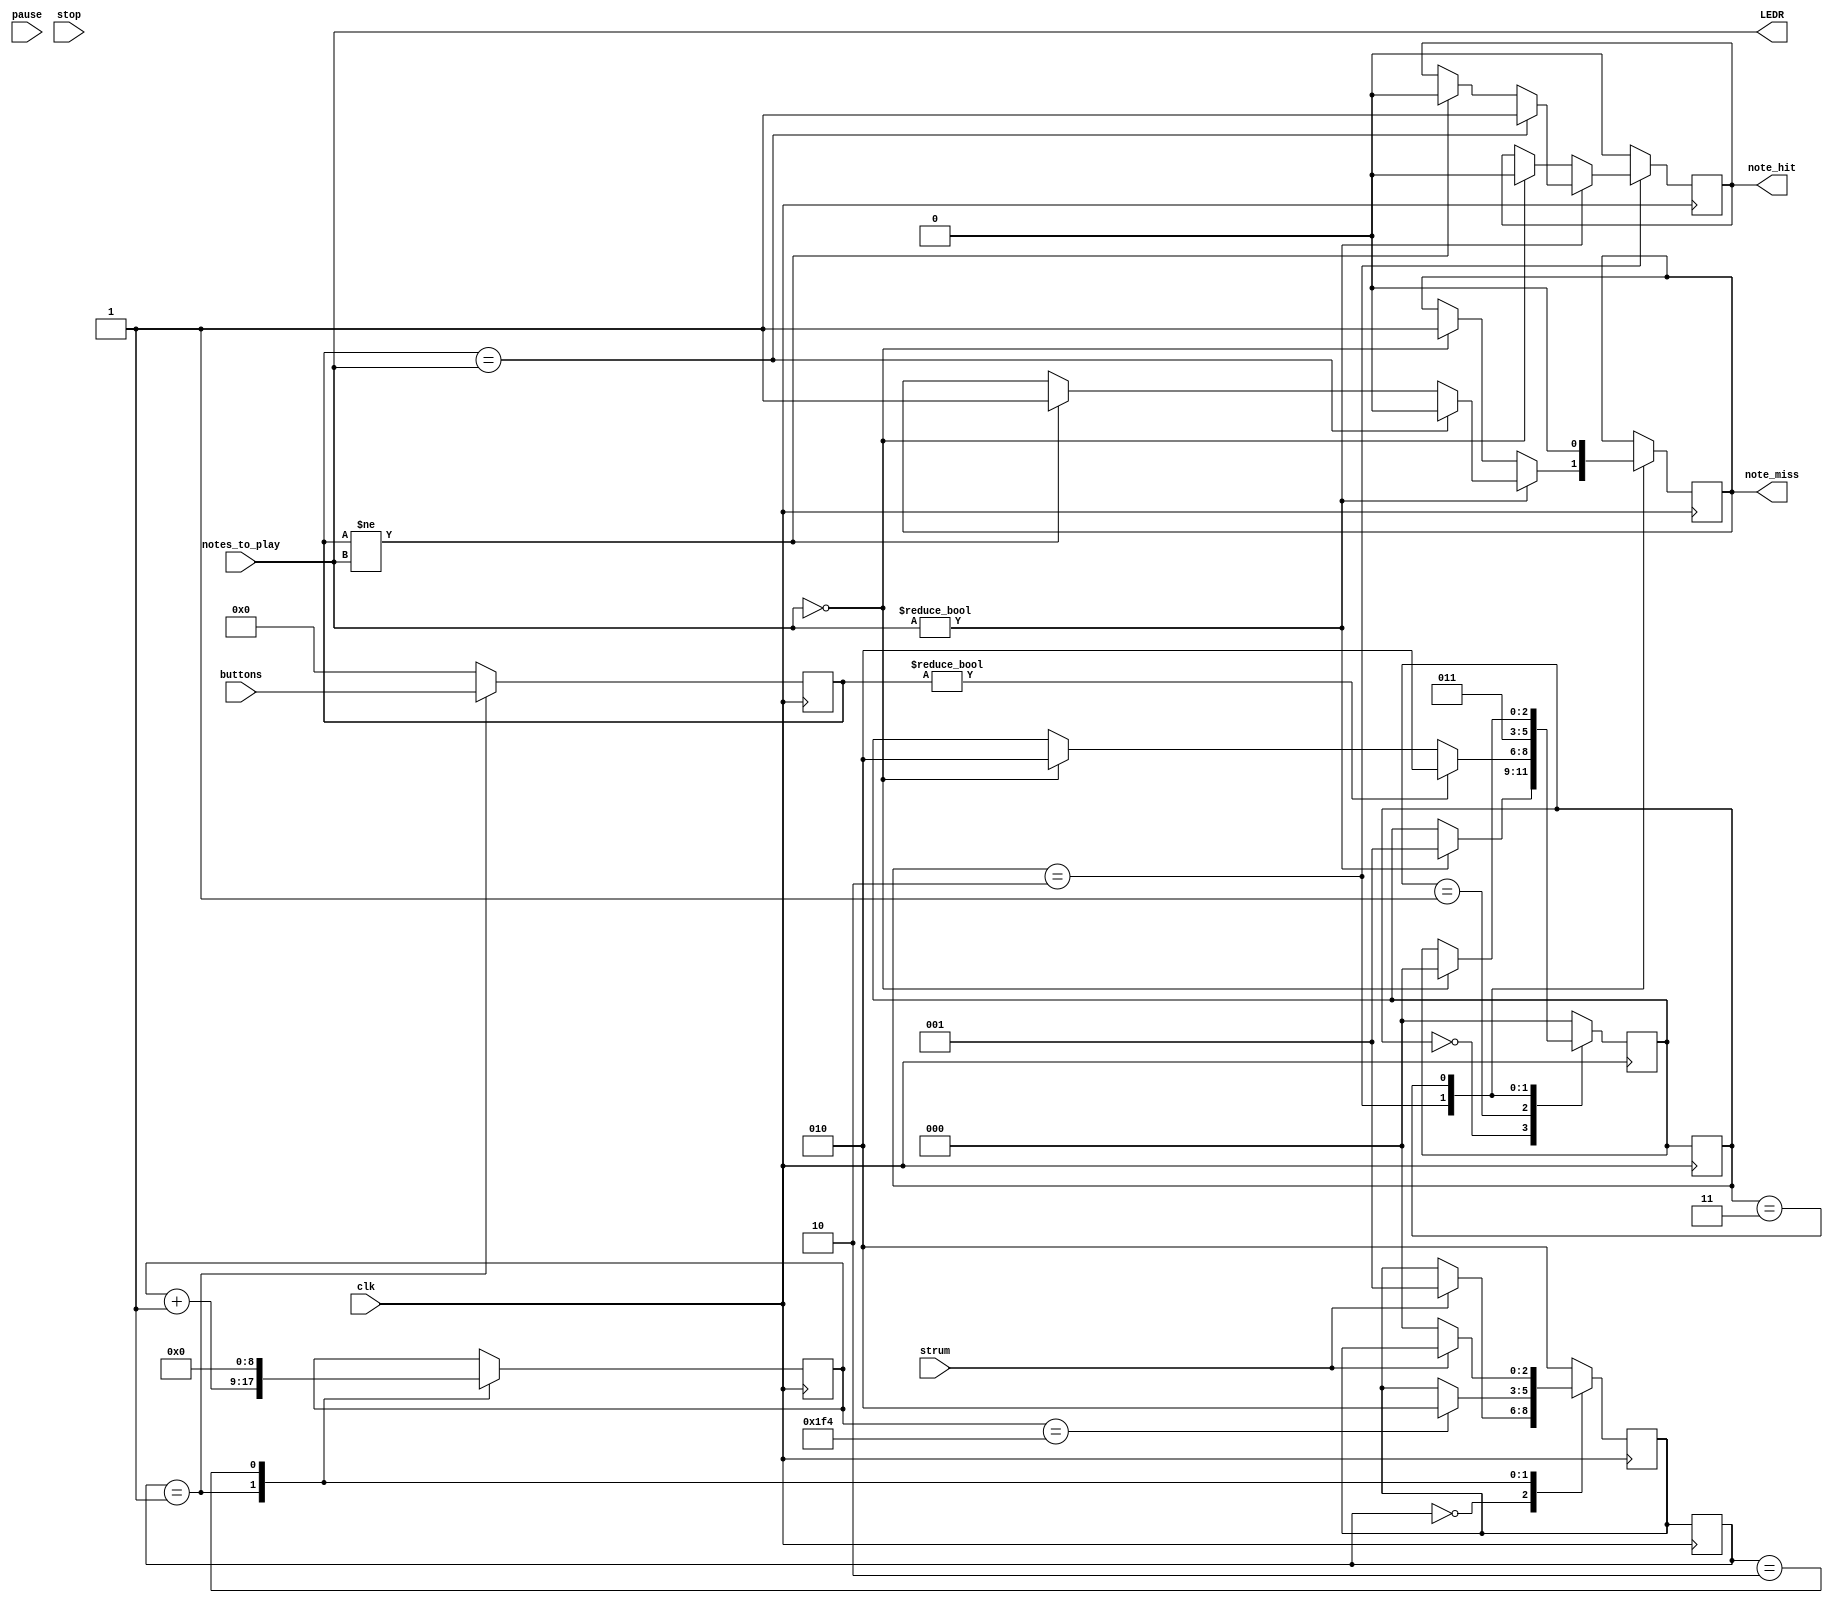
module gameplay(
					 input clk,
					 input pause,
					 input stop,
					 input [4:0]buttons,
					 input strum,
					 input [4:0] notes_to_play,
					 
					 output [4:0]LEDR,
					 output reg note_hit,
					 output reg note_miss
					 );
	
	reg [4:0] key_in;
	
	//FSM for loading in buttons with immediate clear
	//---------------------------------------------------|
	localparam WAIT_FOR_STRUM = 3'd0;
	localparam LOAD = 3'd1;
	localparam CLEAR = 3'd2;
	
	reg [2:0] current_state;
	reg [2:0] next_state;
	reg [8:0] count_cycles;
	
	always @(posedge clk)
	begin
		case(current_state)
		WAIT_FOR_STRUM:
			if (strum) next_state <= LOAD;
			
		LOAD:
			if (count_cycles == 9'd500) next_state <= CLEAR;
		
		CLEAR:
			if (~strum) next_state <= WAIT_FOR_STRUM;
			
		default: next_state <= CLEAR;
		endcase
	end
	
	always @(posedge clk)
	begin
		case(current_state)
		WAIT_FOR_STRUM: key_in <= 5'd0;
			
		LOAD:
		begin
			key_in <= buttons;
			count_cycles <= count_cycles+1;
		end
		
		CLEAR:
		begin
			key_in <= 5'd0;
			count_cycles<=9'd0;
		end
		
		default: key_in <= 5'd0;

		endcase
		
		current_state <= next_state;
	end
	//---------------------------------------------------|
							 
	//FSM tester to see if the user hits a note
	//---------------------------------------------------|
	localparam NO_NOTES = 3'd0;
	localparam NOTES_IN = 3'd1;
	localparam READ = 3'd2;
	localparam CHECK = 3'd3;
	
	reg [2:0] current_state2;
	reg [2:0] next_state2;
	
	always @(posedge clk)
	begin
		case(current_state2)
		NO_NOTES:
			if (notes_to_play != 5'd0) next_state2 <= NOTES_IN;
			
		NOTES_IN:
			if (key_in != 5'd0) next_state2 <= READ;
			else if (notes_to_play == 5'd0) next_state2 <= READ;
		
		READ:
			next_state2 <= CHECK;
			
		CHECK:
			if (notes_to_play == 5'd0) next_state2 <= NO_NOTES;
			
		default: next_state2 <= NO_NOTES;
		
		endcase
	end
	
	always @(posedge clk)
	begin
		case(current_state2)
		READ:
		begin
			if (notes_to_play != 5'd0)
				begin
				
				if (key_in == notes_to_play)
				
				begin
					note_hit <= 1'b1;
					note_miss <= 1'b0;
				end
				
				else if (key_in != notes_to_play)
				
				begin
					note_miss <= 1'b1;
					note_hit <= 1'b0;
				end
				
			end
			
			else if (notes_to_play == 5'd0)
			
			begin
					note_miss <= 1'b1;
					note_hit <= 1'b0;
			end
			
		end
		
		CHECK:
		begin
			note_miss <= 1'b0;
			note_hit <= 1'b0;
		end
		
		default: note_hit <= 1'b0;
		endcase
		
		current_state2 <= next_state2;
	end
	//---------------------------------------------------|
	
	assign LEDR = notes_to_play;
	
endmodule